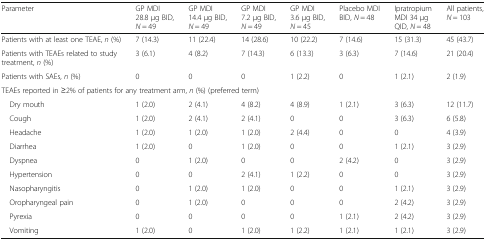
| Parameter | GP MDI 28.8 μg BID, N = 49 | GP MDI 14.4 μg BID, N = 49 | GP MDI 7.2 μg BID, N = 49 | GP MDI 3.6 μg BID, N = 45 | Placebo MDI BID, N = 48 | Ipratropium MDI 34 μg QID, N = 48 | All patients, N = 103 |
 | --- | --- | --- | --- | --- | --- | --- | --- |
 | Patients with at least one TEAE, n (%) | 7 (14.3) | 11 (22.4) | 14 (28.6) | 10 (22.2) | 7 (14.6) | 15 (31.3) | 45 (43.7) |
 | Patients with TEAEs related to study treatment, n (%) | 3 (6.1) | 4 (8.2) | 7 (14.3) | 6 (13.3) | 3 (6.3) | 7 (14.6) | 21 (20.4) |
 | Patients with SAEs, n (%) | 0 | 0 | 0 | 1 (2.2) | 0 | 1 (2.1) | 2 (1.9) |
 | <COLSPAN=8> TEAEs reported in ≥2% of patients for any treatment arm, n (%) (preferred term) |
 | Dry mouth | 1 (2.0) | 2 (4.1) | 4 (8.2) | 4 (8.9) | 1 (2.1) | 3 (6.3) | 12 (11.7) |
 | Cough | 1 (2.0) | 2 (4.1) | 2 (4.1) | 0 | 0 | 3 (6.3) | 6 (5.8) |
 | Headache | 1 (2.0) | 1 (2.0) | 1 (2.0) | 2 (4.4) | 0 | 0 | 4 (3.9) |
 | Diarrhea | 1 (2.0) | 0 | 1 (2.0) | 0 | 0 | 1 (2.1) | 3 (2.9) |
 | Dyspnea | 0 | 1 (2.0) | 0 | 0 | 2 (4.2) | 0 | 3 (2.9) |
 | Hypertension | 0 | 0 | 2 (4.1) | 1 (2.2) | 0 | 0 | 3 (2.9) |
 | Nasopharyngitis | 0 | 1 (2.0) | 1 (2.0) | 0 | 0 | 1 (2.1) | 3 (2.9) |
 | Oropharyngeal pain | 0 | 1 (2.0) | 0 | 0 | 0 | 2 (4.2) | 3 (2.9) |
 | Pyrexia | 0 | 0 | 0 | 0 | 1 (2.1) | 2 (4.2) | 3 (2.9) |
 | Vomiting | 1 (2.0) | 0 | 1 (2.0) | 1 (2.2) | 1 (2.1) | 1 (2.1) | 3 (2.9) |